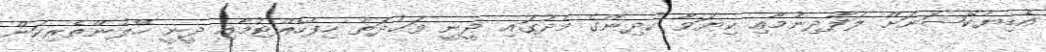
އެޑިޔުކޭޝަނަށް ލަފާދިނުމާއި ކިޔަވާ ކުދިންގެ މެދުގައި ދީނީ ވަޙުދަތު ހިފެހެއްޓުމާއި ދީނީ ހޭލުންތެރިކަން